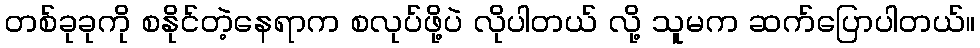
တစ်ခုခုကို စနိုင်တဲ့နေရာက စလုပ်ဖို့ပဲ လိုပါတယ် လို့ သူမက ဆက်ပြောပါတယ်။